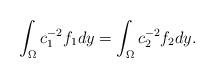
LaTeX: \begin{align*}\int_{\Omega}c_1^{-2}f_1dy=\int_{\Omega} c_2^{-2}f_2dy.\end{align*}